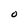
Character: O